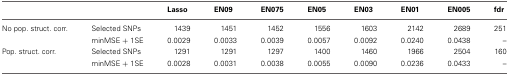
<table><thead><tr><td></td><td></td><td><b>Lasso</b></td><td><b>EN09</b></td><td><b>EN075</b></td><td><b>EN05</b></td><td><b>EN03</b></td><td><b>EN01</b></td><td><b>EN005</b></td><td><b>fdr</b></td></tr></thead><tbody><tr><td>No pop. struct. corr.</td><td>Selected SNPs</td><td>1439</td><td>1451</td><td>1452</td><td>1556</td><td>1603</td><td>2142</td><td>2689</td><td>251</td></tr><tr><td></td><td>minMSE + 1SE</td><td>0.0029</td><td>0.0033</td><td>0.0039</td><td>0.0057</td><td>0.0092</td><td>0.0240</td><td>0.0438</td><td>–</td></tr><tr><td>Pop. struct. corr.</td><td>Selected SNPs</td><td>1291</td><td>1291</td><td>1297</td><td>1400</td><td>1460</td><td>1966</td><td>2504</td><td>160</td></tr><tr><td></td><td>minMSE + 1SE</td><td>0.0028</td><td>0.0031</td><td>0.0038</td><td>0.0055</td><td>0.0090</td><td>0.0236</td><td>0.0433</td><td>–</td></tr></tbody></table>